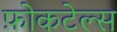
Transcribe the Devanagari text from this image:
फ़ोकटेल्स